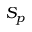
S _ { p }